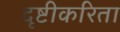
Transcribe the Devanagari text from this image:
दृष्टीकरिता